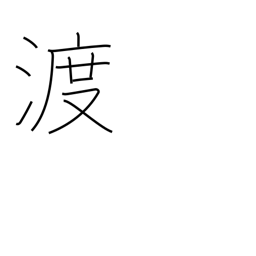
Meaning: transit